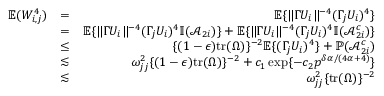
\begin{array} { r l r } { { \mathbb { E } } ( W _ { i , j } ^ { 4 } ) } & { = } & { { \mathbb { E } } \{ \| \Gamma U _ { i } \| ^ { - 4 } ( \Gamma _ { j } U _ { i } ) ^ { 4 } \} } \\ & { = } & { { \mathbb { E } } \{ \| \Gamma U _ { i } \| ^ { - 4 } ( \Gamma _ { j } U _ { i } ) ^ { 4 } { \mathbb { I } } ( \mathcal { A } _ { 2 i } ) \} + { \mathbb { E } } \{ \| \Gamma U _ { i } \| ^ { - 4 } ( \Gamma _ { j } U _ { i } ) ^ { 4 } { \mathbb { I } } ( \mathcal { A } _ { 2 i } ^ { c } ) \} } \\ & { \leq } & { \{ ( 1 - \epsilon ) \mathrm { t r } ( \Omega ) \} ^ { - 2 } { \mathbb { E } } \{ ( \Gamma _ { j } U _ { i } ) ^ { 4 } \} + { \mathbb { P } } ( \mathcal { A } _ { 2 i } ^ { c } ) } \\ & { \lesssim } & { \omega _ { j j } ^ { 2 } \{ ( 1 - \epsilon ) \mathrm { t r } ( \Omega ) \} ^ { - 2 } + c _ { 1 } \exp \{ - c _ { 2 } p ^ { \delta \alpha / ( 4 \alpha + 4 ) } \} } \\ & { \lesssim } & { \omega _ { j j } ^ { 2 } \{ \mathrm { t r } ( \Omega ) \} ^ { - 2 } } \end{array}